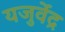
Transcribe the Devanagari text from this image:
यजुर्वेंद्र